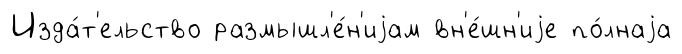
Изда́т'ельство размышл'е́н'иjам вн'е́шн'иjе по́лнаjа